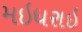
મઇધરાઇ